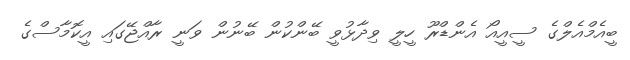
ބީއެމްއެލްގެ ސީއީއޯ އެންޑްރޫ ހީލީ ވިދާޅުވީ ބޭންކުން ބޭނުން ވަނީ ރާއްޖޭގައި އީކޮމާސްގެ